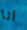
انا